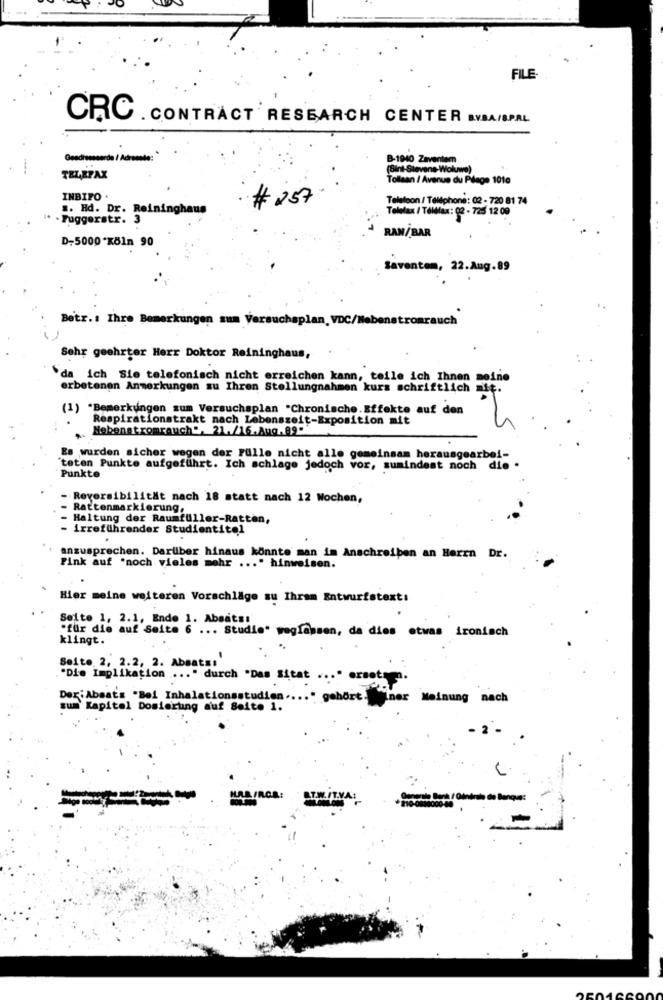
FILE
CRC .CONTRACT RESEARCH CENTER BVBA/SPAL
Geadresseerde / Adres
B-1940 Zaventem
(Sint-Stevens-Woluwe)
TELEFAX
Tollaan / Avenue du Plage 1010
INBIFO .
# 257
Telefoon / Téléphone: 02 - 720 81 74
.. Hd. Dr. Reininghaus
Telefax / Téléfax: 02 - 725 12 09
. Fuggerstr. 3
D-5000*Köln 90
RAN/BAR
Saventem, 22.Aug.89
Betr .: Ihre Bemerkungen sum Versuchsplan, VDC/Nebenstromrauch
Sehr geehrter Herr Doktor Reininghaus,
`da ich Sie telefonisch nicht erreichen kann, teile ich Ihnen meine
erbetenen Anmerkungen su Ihren Stellungnahmen kurs schriftlich at
(1) *Bemerkungen zum Versuchsplan "Chronische. Effekte auf den
Respirationstrakt nach Lebenszeit-Exposition mit
Nebenatromrauch", 21./16.Aug.89-
Es wurden sicher wegen der Fulle nicht alle gemeinsam herausgearbei-
"teten Punkte aufgeführt. Ich schlage jedoch vor, sumindest noch die .
Punkte
- Reversibilität nach 18 statt nach 12 Wochen,
- Rattenmarkierung.
- Haltung der Raumfüller-Ratten,
- irreführender Studientitel
.
.
anzusprechen. Darüber hinaus könnte man im Anschreiben an Herrn Dr.
Pink auf "noch vieles mehr ... " hinweisen.
Hier meine weiteren Vorschläge su Ihrem Entwurfstext:
Seite 1, 2.1, Ende 1. Absats:
*für die auf Seite 6 ... Studie" weglassen, da dies etwas ironisch
klingt.
Seite 2, 2.2, 2. Absatz:'
"Die Implikation ... " durch "Das Sitat ... " ersetzen.
Der:Absats "Bei Inhalationsstudien .... " gehört. Siner Meinung nach
sum Kapitel Dosierung auf Seite 1.
2
Concreto Dept / Général de Banque: